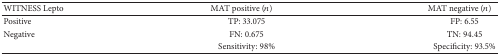
<table><thead><tr><td><b>WITNESS Lepto </b></td><td><b> MAT positive (<i>n</i>)</b></td><td><b> MAT negative (<i>n</i>)</b></td></tr></thead><tbody><tr><td>Positive</td><td>TP: 33.075</td><td>FP: 6.55</td></tr><tr><td>Negative</td><td>FN: 0.675</td><td>TN: 94.45</td></tr><tr><td> </td><td>Sensitivity: 98%</td><td>Specificity: 93.5%</td></tr></tbody></table>